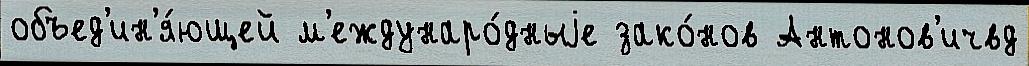
объед'ин'я́ющей м'еждунаро́дныjе зако́нов Антонов'ичвд